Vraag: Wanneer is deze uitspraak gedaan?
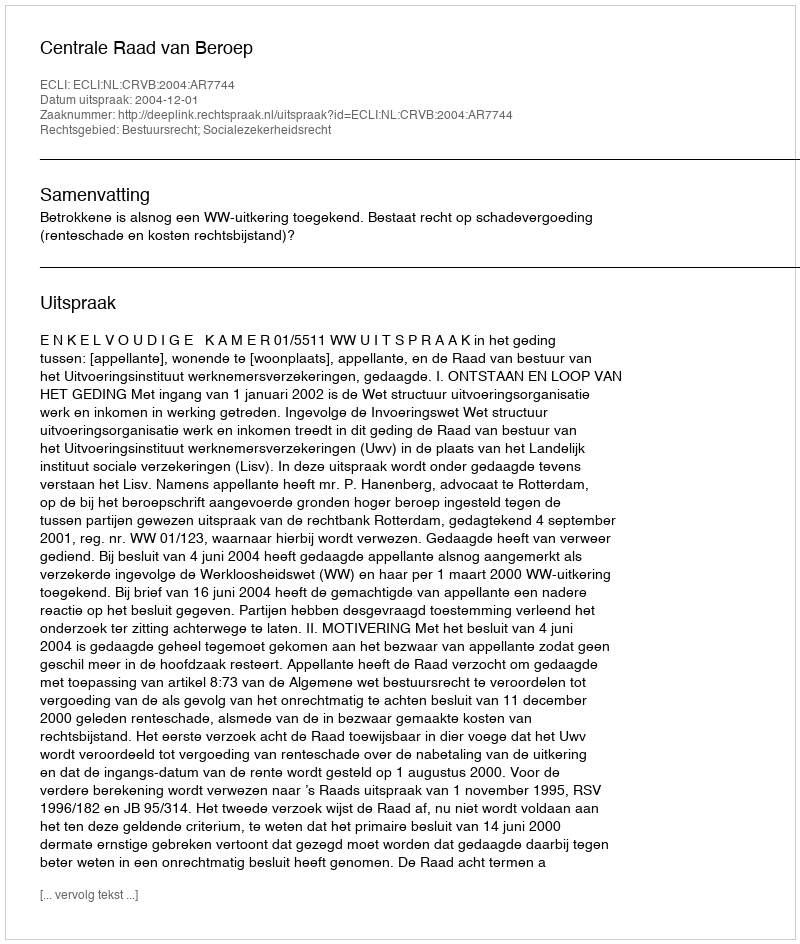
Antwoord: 2004-12-01